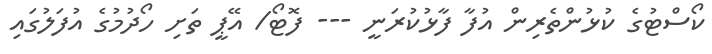
ކޯސްޓުގެ ކުޅުންތެރިން އުފާ ފާޅުކުރަނީ --- ފޮޓޯ/ އޭޕީ ތަށި ހޯދުމުގެ އުފަލުގައި